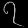
Digit: ၇